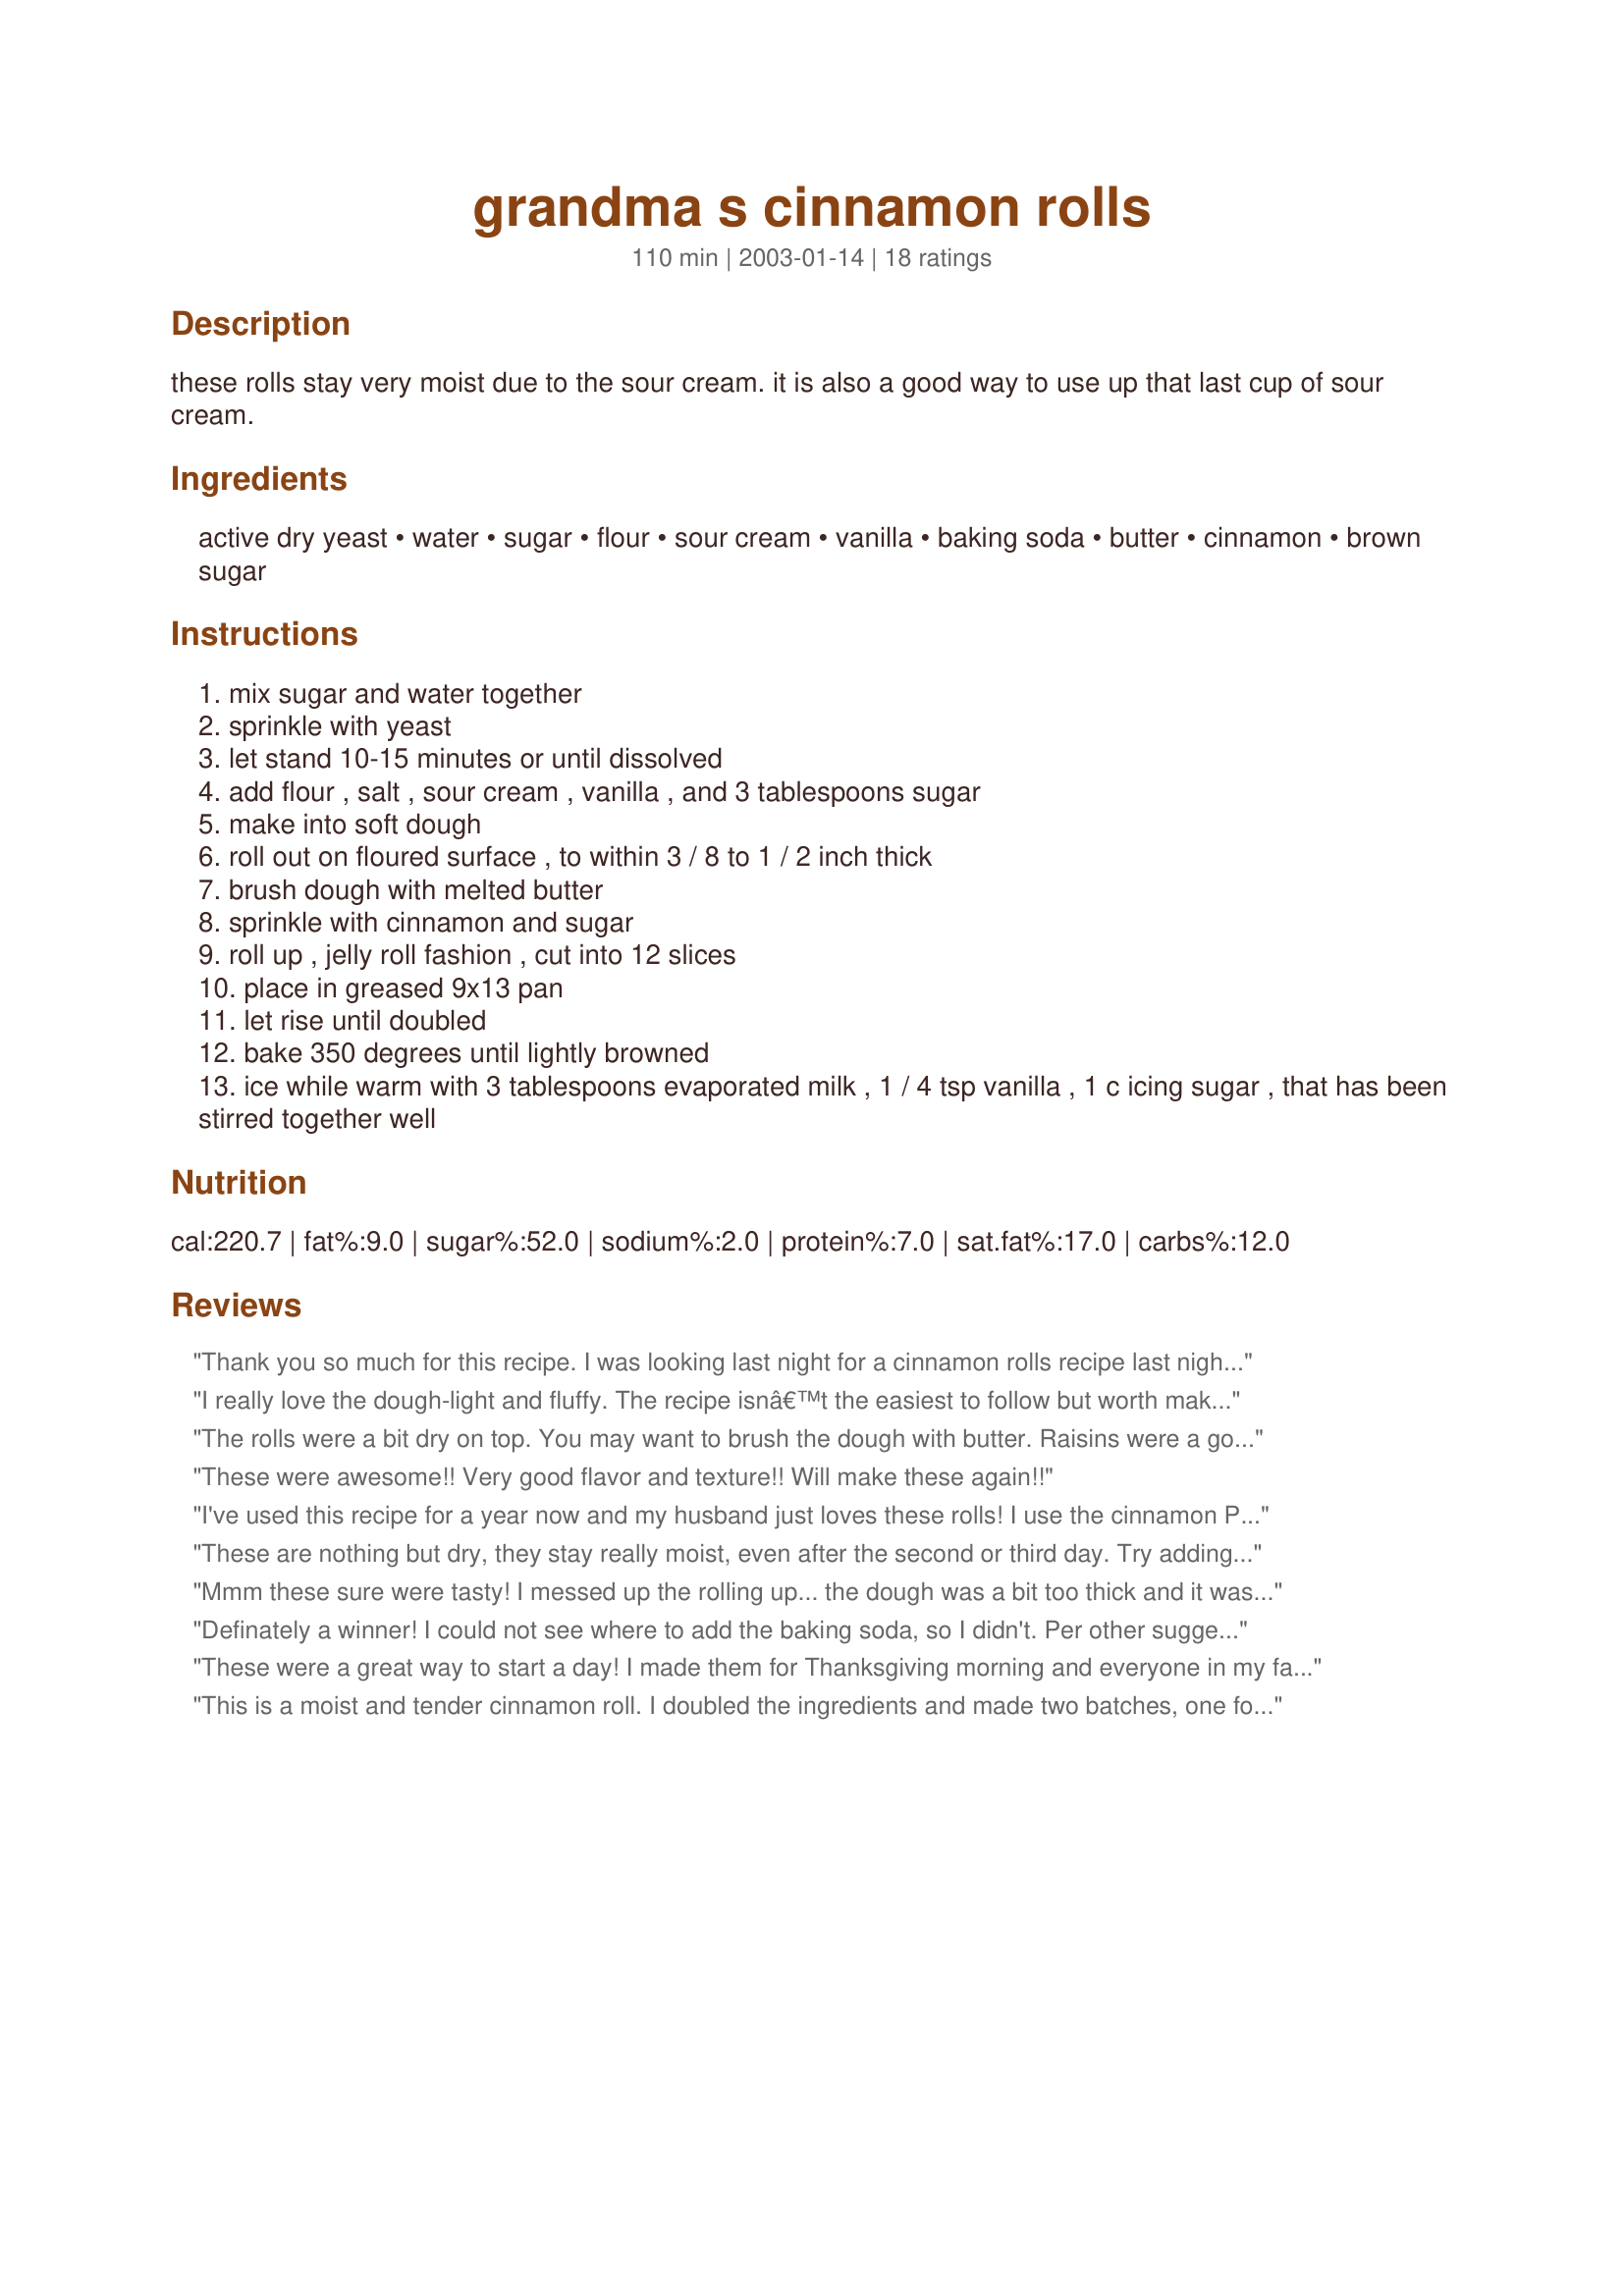
grandma s cinnamon rolls
Preparation time: 110 minutes

these rolls stay very moist due to the sour cream. it is also a good way to use up that last cup of sour cream.

Ingredients:
active dry yeast, water, sugar, flour, sour cream, vanilla, baking soda, butter, cinnamon, brown sugar

Steps:
mix sugar and water together
sprinkle with yeast
let stand 10-15 minutes or until dissolved
add flour , salt , sour cream , vanilla , and 3 tablespoons sugar
make into soft dough
roll out on floured surface , to within 3 / 8 to 1 / 2 inch thick
brush dough with melted butter
sprinkle with cinnamon and sugar
roll up , jelly roll fashion , cut into 12 slices
place in greased 9x13 pan
let rise until doubled
bake 350 degrees until lightly browned
ice while warm with 3 tablespoons evaporated milk , 1 / 4 tsp vanilla , 1 c icing sugar , that has been stirred together well

Reviews:
Thank you so much for this recipe. I was looking last night for a cinnamon rolls recipe last night. I have one but do not like the way they always turn out. So I came on here and found your recipe and decided to give them a try. These are FANTASTIC!!!! At first I was a little leary to try them because of the sour cream, but omg!! They are sooooo moist. My husband came home from work last night and I gave him one and he just loved them!! Thanks so much for the awesome recipe.
I really love the dough-light and fluffy. The recipe isnâ€™t the easiest to follow but worth making. I baked at 350 for 16 minutes until they were just golden, used 1/2 reg. and 1/2 bread flour, which gave it wonderful texture. I also added Â½ tablespoon more cinnamon as suggested. These cinnamon rolls are quick, easy and delicious.
The rolls were a bit dry on top. You may want to brush the dough with butter. Raisins were a good addition because these rolls are not that sweet.
These were awesome!! Very good flavor and texture!! Will make these again!!
I've used this recipe for a year now and my husband just loves these rolls! I use the cinnamon Plus recipe #45672 and the cinnamon bun icing recipe #19239 -both excellent. Recently ran out of reg. flour and used 1/2 reg. and 1/2 bread flour. The texture was even better and I now use this each time. I also sprinkle the sugar/cinnamon mixture on top of rolls while they are rising.
Gail Lawton
These are nothing but dry, they stay really moist, even after the second or third day. Try adding dried cranberries before rolling up, or add some maple flavoring to the glaze.
Mmm these sure were tasty! I messed up the rolling up... the dough was a bit too thick and it wasnt long enough to get as many layers of cinnamon and sugar as in the photo. Also, I halved it and made 6 in an 8x8 pan, but they wern't big enough to touch eachother so the seam popped open for half of them, making them a bit less bun-like unfortunatly. I'm not sure how to fix this... smaller pan maybe? But they were tasty and enjoyed. 1/2 the glaze sufficed for us. Also, I used fat-free sour cream and the dough still came together great!
Definately a winner! I could not see where to add the baking soda, so I didn't. Per other suggestions, I added raisins along with the brown sugar and cinnamon, than buttered the tops of the sliced rolls in the baking pan. I was afraid that the brown sugar would make the rolls carmely, but it was wonderful. They really were still moist the second day, but there wasn't much left to test that on. We drizzled on the icing, not using all of it. .
These were a great way to start a day! I made them for Thanksgiving morning and everyone in my family loved them, they're very moist. I used light sour cream and they were fine. I think I'll experiment with different frostings and glazes. Thanks!
This is a moist and tender cinnamon roll. I doubled the ingredients and made two batches, one for cinnamon rolls, one caramel rolls. I didn't see where to add the soda or salt so left them out but it didn't seem to make a difference...these were still delish. I think I will replace my old stand-by with this sour cream recipe. I did allow a first rise in a greased bowl, then formed the rolls, let rise again for about 1/2 an hour and baked at 360 degrees until just starting to brown on top...didn't want to over bake because we like them slightly "gooey". The flavor is wonderful. Thanks!
I have a feeling this really is Grandma's recipe written down for someone who had made the rolls with Grandma. Like a "reminder" recipe. It left out a few things for us that hadn't made these before. It's o.k. because I used the internet and Zaar to reference other cinnamon roll recipes. First, I warmed my water for the yeast to 110 degrees F (just a few seconds in the microwave and then stuck my kitchen thermometer to check the temp). Next, the recipe has baking soda in the ingredient list but does not say where to add it and so I left that out, it was really not needed. Also, it says to add salt in the directions but no salt is in the ingredient list so I found that this amount of flour in other recipes took 1 tsp salt so I added that much. I used King Arthur all-purpose flour, Red Star yeast, and double strength vanilla. For the cinnamon filling, I used the same amounts of cinnamon and butter here but I mixed 1/4 cup brown sugar and 1/4 cup white sugar instead of all brown sugar. Used a serrated knife to cut the rolls and it worked great!! I let these rise for 1 hour and 25 minutes in a warm place and I baked them for 25 minutes. I love the icing with the evaporated milk, so creamy!! I am glad I took the time to make these even with the extra research because the sour cream really makes them moist and gooey!!!! I will definitely make these rolls again!!!! Thanks for posting!!
I added raisins and pecans to the dough, and use cream cheese icing instead of the glaze.
Some problems with the recipe, but reading other comment helped me to figure out that I needed to substitute salt for the baking soda, and brush the tops with melted butter. I also proofed the dough before rolling it out. These were tasty and they stayed moist, but I wouldn't say they were amazing. I would make them again, however, with modifications (more or different filling, for one thing).
this recipe is not very clear in some areas but I just took the best cinnamon rolls ive ever made out of the oven,I think the sour cream made them extra moist.yummy
I love this recipe! I have tried so many different cinnamon bun recipes and this one is definitely my favorite. The sour cream definitely makes them very moist. For some reason, I usually let cinnamon buns do a double rise - once after the dough is combined and then once again after I've rolled and cut them. This may just be habit from making other yeast doughs (buns, pizza crust, etc) but I do find I get the most volume from the dough this way. <br/><br/>I usually just make a light glaze to go over them, but if I really want a treat, I'll whip up a light cream cheese icing... <br/><br/>Thank you SOOO much for this recipe, it's staying in my repertoire for sure!!!!!
Mmm :)
This was my first attempt at cinnamon rolls, and they came out great! It's soft and cinnamony, and smells absolutely divine. Thanks Cullinaryjudge for a keeper :)
We have made these so many times, that people have asked us to open up a bakery. They are fantastic because of the sour cream. The only thing we did was substitute salt for the baking soda and increase the cinnamon to 1 1/2 tablespoons.
I am getting the hang of this recipe, and enjoying my alterations. This time I subbed 1 c of ww flour, and raw cane sugar for the brown sugar. I'm starting to see that I need 1/4 more flour to start with, that the baking soda should read "salt", and that it takes about 30 minutes at 350 to get these "lightly browned", i.e. "done". Yum.
